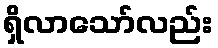
ရှိလာသော်လည်း